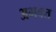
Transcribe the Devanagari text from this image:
अभक्त